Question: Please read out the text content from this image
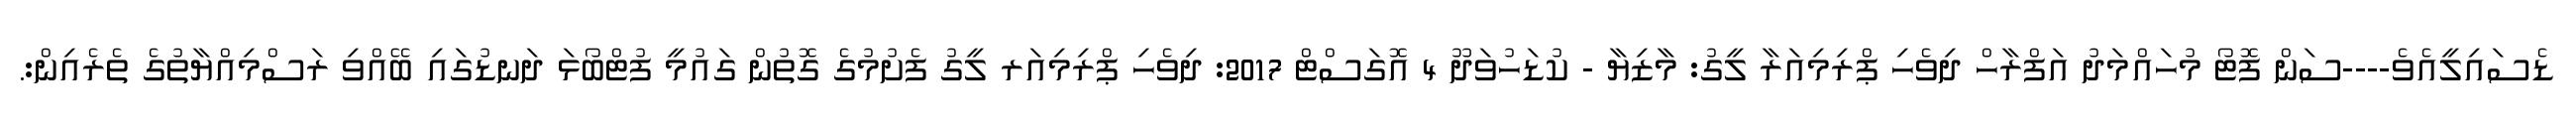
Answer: ޑެސައިލީއެވެ----ސަން ފޮޓޯ މުހައްމަދު އަފްރާހް ދިވެހި ޕްރިމިއަރާ ލީގު: މާޒިޔާ - ކުޑަހުވަދޫ 4 އޮގަސްޓް 2017: ދިވެހި ޕްރިމިއަރ ލީގު ފެށުމުގެ ގޮތުން ގައުމީ ފުޓްބޯޅަ ދަނޑުގައި ބޭއްވި ރަސްމިއްޔާތުގެ ތެރެއިން:.